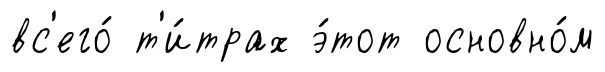
вс'его́ т'и́трах э́тот основно́м